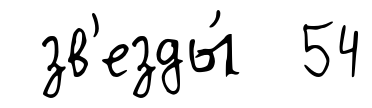
зв'езды́ 54